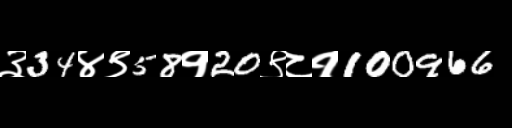
Text: ३34४९58१20९८१100966